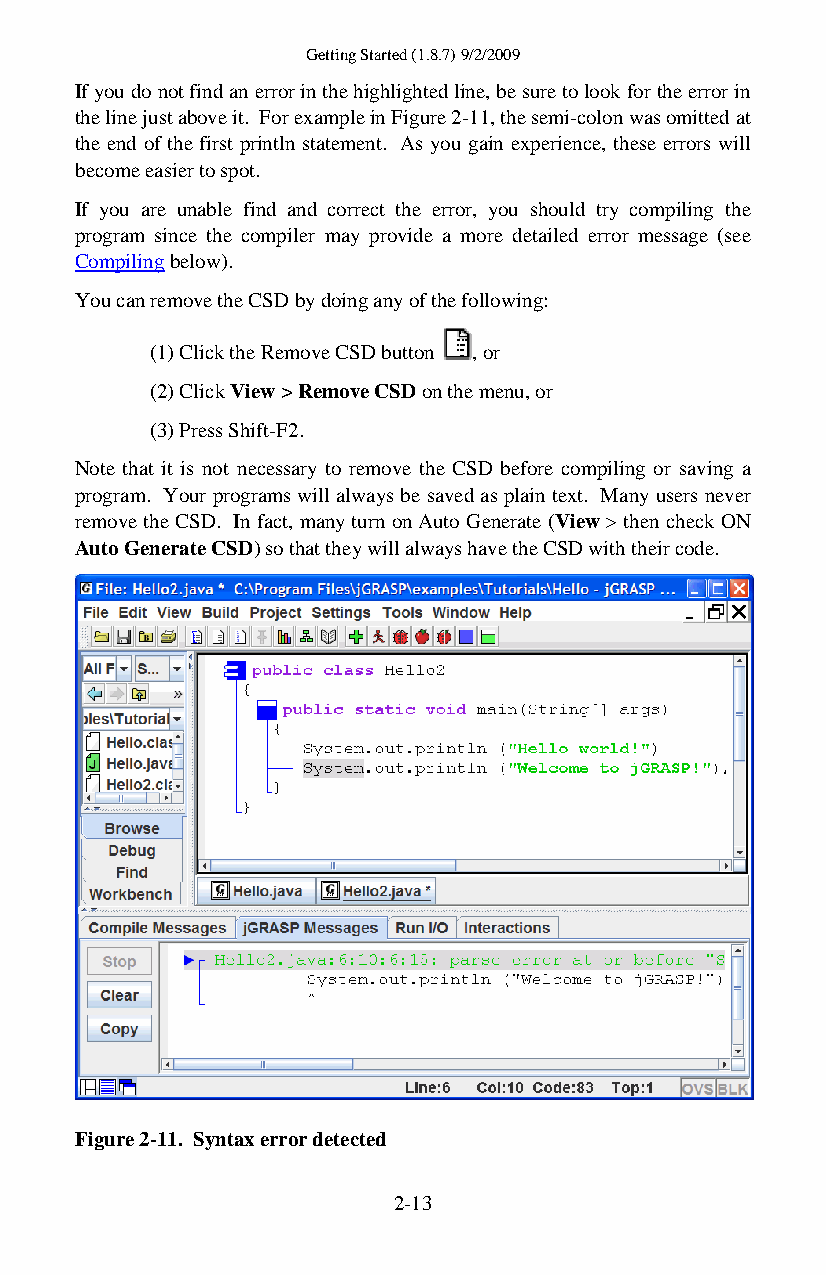
Getting Started (1.8.7) 9/2/2009
 If you do not find an error in the highlighted line, be sure to look for the error in
 the line just above it. For example in Figure 2-11, the semi-colon was omitted at
 the end of the first println statement. As you gain experience, these errors will
 become easier to spot.
 If you are unable find and correct the error, you should try compiling the
 program since the compiler may provide a more detailed error message (see
 Compiling below).
 You can remove the CSD by doing any of the following:
 (1) Click the Remove CSD button , or
 (2) Click View > Remove CSD on the menu, or
 (3) Press Shift-F2.
 Note that it is not necessary to remove the CSD before compiling or saving a
 program. Your programs will always be saved as plain text. Many users never
 remove the CSD. In fact, many turn on Auto Generate (View > then check ON
 Auto Generate CSD) so that they will always have the CSD with their code.
 Figure 2-11. Syntax error detected
 2-13